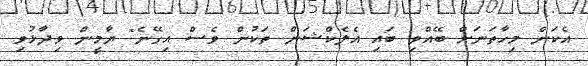
އެކަން މިހާތަނަށް ބޭއްވި ބައި އެލެކްޝަން ތަކުން ވެސް އިގޭނެ" ޔާމީން ވިދާޅުވި